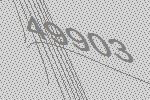
49903